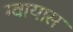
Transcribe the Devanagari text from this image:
ग्वायास